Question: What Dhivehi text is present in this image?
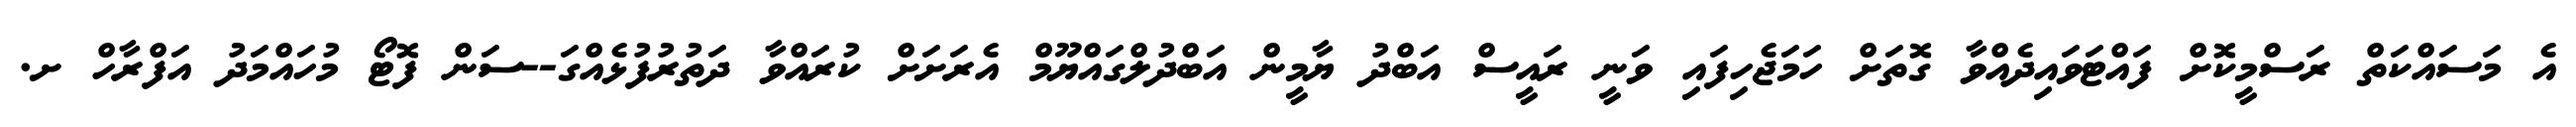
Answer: އެ މަސައްކަތް ރަސްމީކޮށް ފައްޓަވައިދެއްވާ ގޮތަށް ހަމަޖެހިފައި ވަނީ ރައީސް އަބްދު ޔާމީން އަބްދުލްގައްޔޫމް އެރަށަށް ކުރައްވާ ދަތުރުފުޅެއްގަ--ސަން ފޮޓޯ މުހައްމަދު އަފްރާހް ށ.